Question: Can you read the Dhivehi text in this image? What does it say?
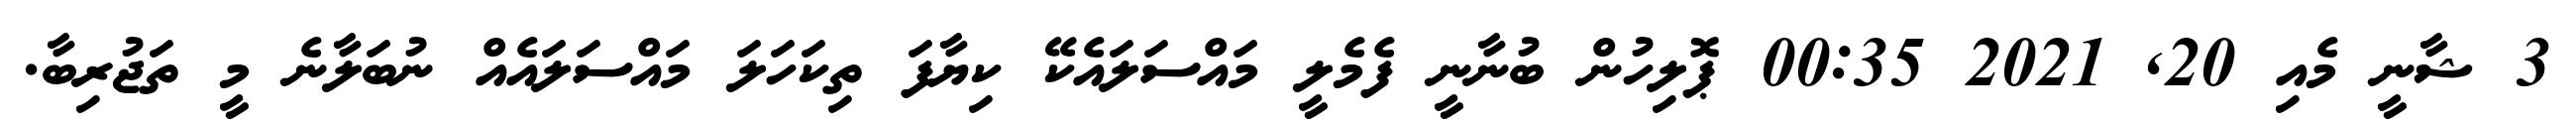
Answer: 3 ޝާނީ މެއި 20, 2021 00:35 ޕޮލިހުން ބުނާނީ ފެމެލީ މައްސަލައެކޭ ކިޔާފަ ތިކަހަލަ މައްސަލައެއް ނުބަލާނެ މީ ތަޖުރިބާ.